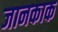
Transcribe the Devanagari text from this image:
जानकाक